Document type: Anniversary endowment
Year: 1486
Scribe: Bartomeu Masons
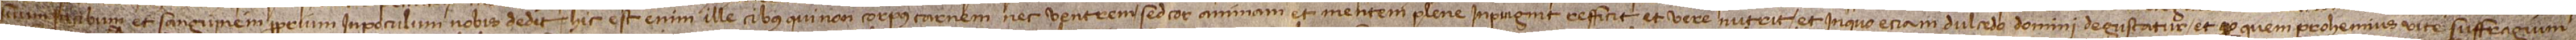
suum in cibum et sanguinem proprium in potulum nobis dedit. Hic est enim ille cibus qui non corpus carnem nec ventrem, set cor, animam et mentem plene inpugnit, refficit et vere nutrit, et inquo etiam dulcedo Domini degustatur et per quem prohemius vite suffragium